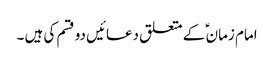
امام زمان ؑ کے متعلق دعائیں دو قسم کی ہیں ۔